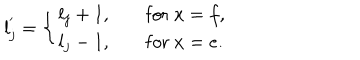
LaTeX: l _ { j } ^ { ' } = \left\{ \begin{array} { l l } { { l _ { j } + 1 , } } & { { \quad \mathrm { f o r } \ x = f , } } \\ { { l _ { j } - 1 , } } & { { \quad \mathrm { f o r } \ x = e . } } \\ \end{array} \right.